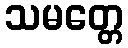
သမတ္တေ